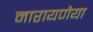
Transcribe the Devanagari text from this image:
नारायणैया